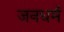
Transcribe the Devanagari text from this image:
जनधर्म